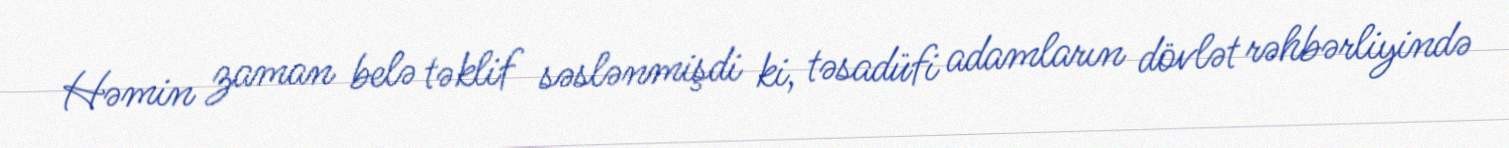
Həmin zaman belə təklif səslənmişdi ki, təsadüfi adamların dövlət rəhbərliyində